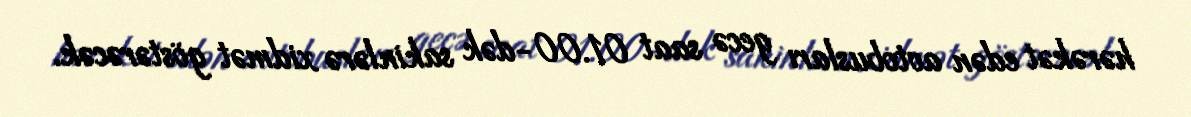
hərəkət edən avtobusları gecə saat 01.00-dək sakinlərə xidmət göstərəcək.